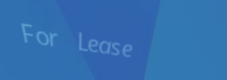
For Lease